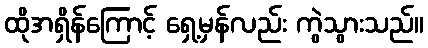
ထိုအရှိန်ကြောင့် ရှေ့မှန်လည်း ကွဲသွားသည်။